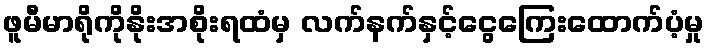
ဖူမီမာရိုကိုနိုးအစိုးရထံမှ လက်နက်နှင့်ငွေကြေးထောက်ပံ့မှု